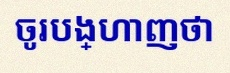
ចូរបង្ហាញថា